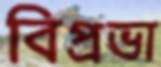
বিপ্রভা